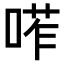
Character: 𠷆